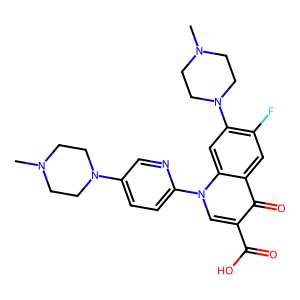
SMILES: CN1CCN(c2ccc(-n3cc(C(=O)O)c(=O)c4cc(F)c(N5CCN(C)CC5)cc43)nc2)CC1
Inhibits HIV replication: No